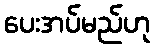
ပေးအပ်မည်ဟု